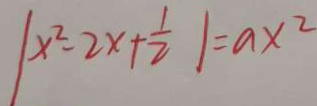
\vert x ^ { 2 } - 2 x + \frac { 1 } { 2 } \vert = a x ^ { 2 }